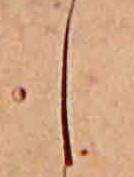
し